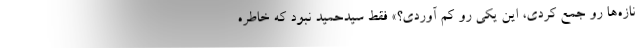
نازه‌ها رو جمع كردي، اين يكي رو كم آوردي؟» فقط سيدحميد نبود كه خاطره